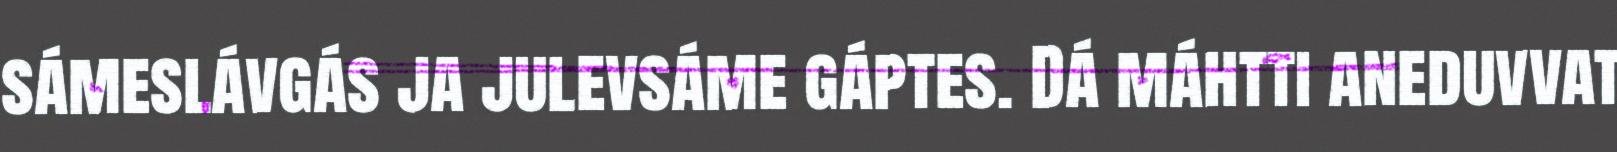
sámeslávgás ja julevsáme gáptes. Dá máhtti aneduvvat